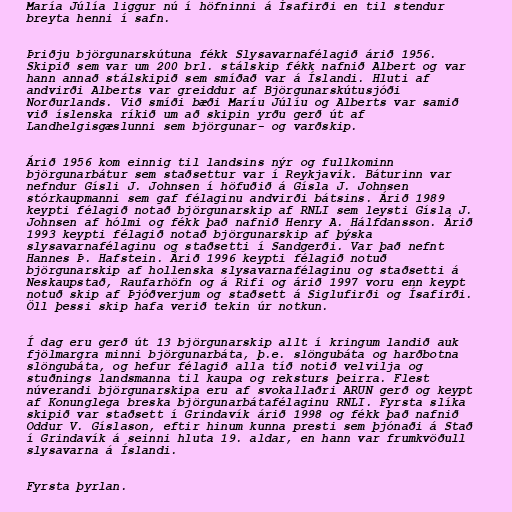
María Júlía liggur nú í höfninni á Ísafirði en til stendur
breyta henni í safn.

Þriðju björgunarskútuna fékk Slysavarnafélagið árið 1956.
Skipið sem var um 200 brl. stálskip fékk nafnið Albert og var
hann annað stálskipið sem smíðað var á Íslandi. Hluti af
andvirði Alberts var greiddur af Björgunarskútusjóði
Norðurlands. Við smíði bæði Maríu Júlíu og Alberts var samið
við íslenska ríkið um að skipin yrðu gerð út af
Landhelgisgæslunni sem björgunar- og varðskip.

Árið 1956 kom einnig til landsins nýr og fullkominn
björgunarbátur sem staðsettur var í Reykjavík. Báturinn var
nefndur Gísli J. Johnsen í höfuðið á Gísla J. Johnsen
stórkaupmanni sem gaf félaginu andvirði bátsins. Árið 1989
keypti félagið notað björgunarskip af RNLI sem leysti Gísla J.
Johnsen af hólmi og fékk það nafnið Henry A. Hálfdansson. Árið
1993 keypti félagið notað björgunarskip af þýska
slysavarnafélaginu og staðsetti í Sandgerði. Var það nefnt
Hannes Þ. Hafstein. Árið 1996 keypti félagið notuð
björgunarskip af hollenska slysavarnafélaginu og staðsetti á
Neskaupstað, Raufarhöfn og á Rifi og árið 1997 voru enn keypt
notuð skip af Þjóðverjum og staðsett á Siglufirði og Ísafirði.
Öll þessi skip hafa verið tekin úr notkun.

Í dag eru gerð út 13 björgunarskip allt í kringum landið auk
fjölmargra minni björgunarbáta, þ.e. slöngubáta og harðbotna
slöngubáta, og hefur félagið alla tíð notið velvilja og
stuðnings landsmanna til kaupa og reksturs þeirra. Flest
núverandi björgunarskipa eru af svokallaðri ARUN gerð og keypt
af Konunglega breska björgunarbátafélaginu RNLI. Fyrsta slíka
skipið var staðsett í Grindavík árið 1998 og fékk það nafnið
Oddur V. Gíslason, eftir hinum kunna presti sem þjónaði á Stað
í Grindavík á seinni hluta 19. aldar, en hann var frumkvöðull
slysavarna á Íslandi.

Fyrsta þyrlan.